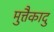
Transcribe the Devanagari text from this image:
मुत्तैकादु